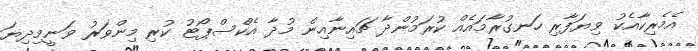
އެމެރިކާއެކު ވިޔަފާރި ހަނގުރާމައެއް ކުރަމުންދާ ޗައިނާއިން މުދާ އެކްސްޕޯޓު ކުރި މިންވަރު ވަނީމިދިޔަ